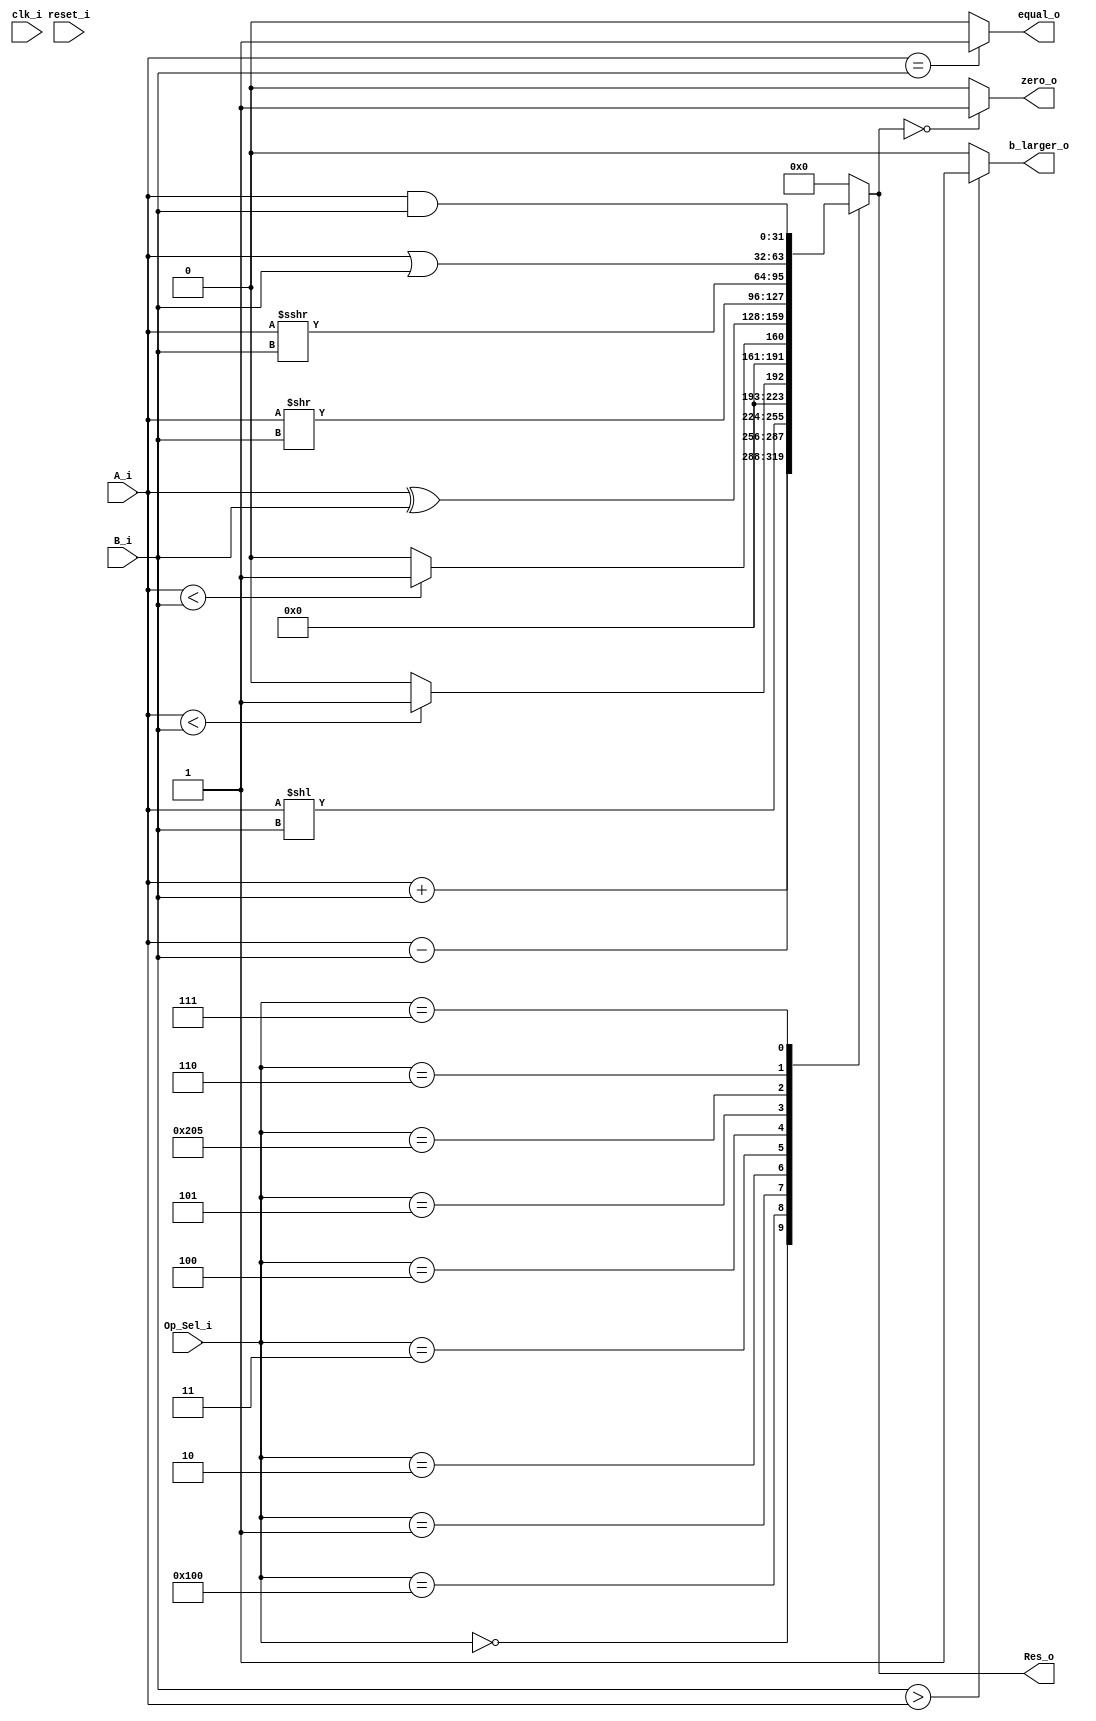

/*

	ALU

*/

module alu #(

parameter DATA_WIDTH=32,
parameter ADDR_BUS_WIDTH=5,
parameter OP_WIDTH=10

)(

input clk_i,
input reset_i,

input [DATA_WIDTH-1:0] A_i,
input [DATA_WIDTH-1:0] B_i,
input [OP_WIDTH-1:0] Op_Sel_i,

output reg [DATA_WIDTH-1:0] Res_o,
output reg zero_o,
output reg b_larger_o,
output reg equal_o

);

always @(*)
begin
	case(Op_Sel_i)

		//OP: 7bits of funct7 and 3 bits of funct3

		10'b0000000000: Res_o = A_i + B_i; //ADD 
		10'b0100000000: Res_o = A_i - B_i; //SUB
		10'b0000000001: Res_o = A_i << B_i; //SLL
		10'b0000000010: //SLT
			begin
				if($signed(A_i) < $signed(B_i)) Res_o = 1;
				else Res_o = 0;
			end 
		10'b0000000011: //SLTU
			begin
				if(A_i < B_i) Res_o = 1;
				else Res_o = 0;
			end
		10'b0000000100: Res_o = A_i ^ B_i; //XOR
		10'b0000000101: Res_o = A_i >> B_i;//SRL
		10'b1000000101: Res_o = A_i >>> B_i; //SRA
		10'b0000000110: Res_o = A_i | B_i; //OR
		10'b0000000111: Res_o = A_i & B_i; //AND
		default: 		Res_o = 0;

	endcase
	
	if(Res_o == 0) zero_o = 1'b1;
	else zero_o = 1'b0;
	
	if(B_i > A_i) b_larger_o = 1'b1;
	else b_larger_o = 1'b0;
	
	if(A_i == B_i) equal_o = 1'b1;
	else equal_o = 1'b0;
	
end



endmodule